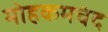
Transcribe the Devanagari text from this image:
मोहकमचंद